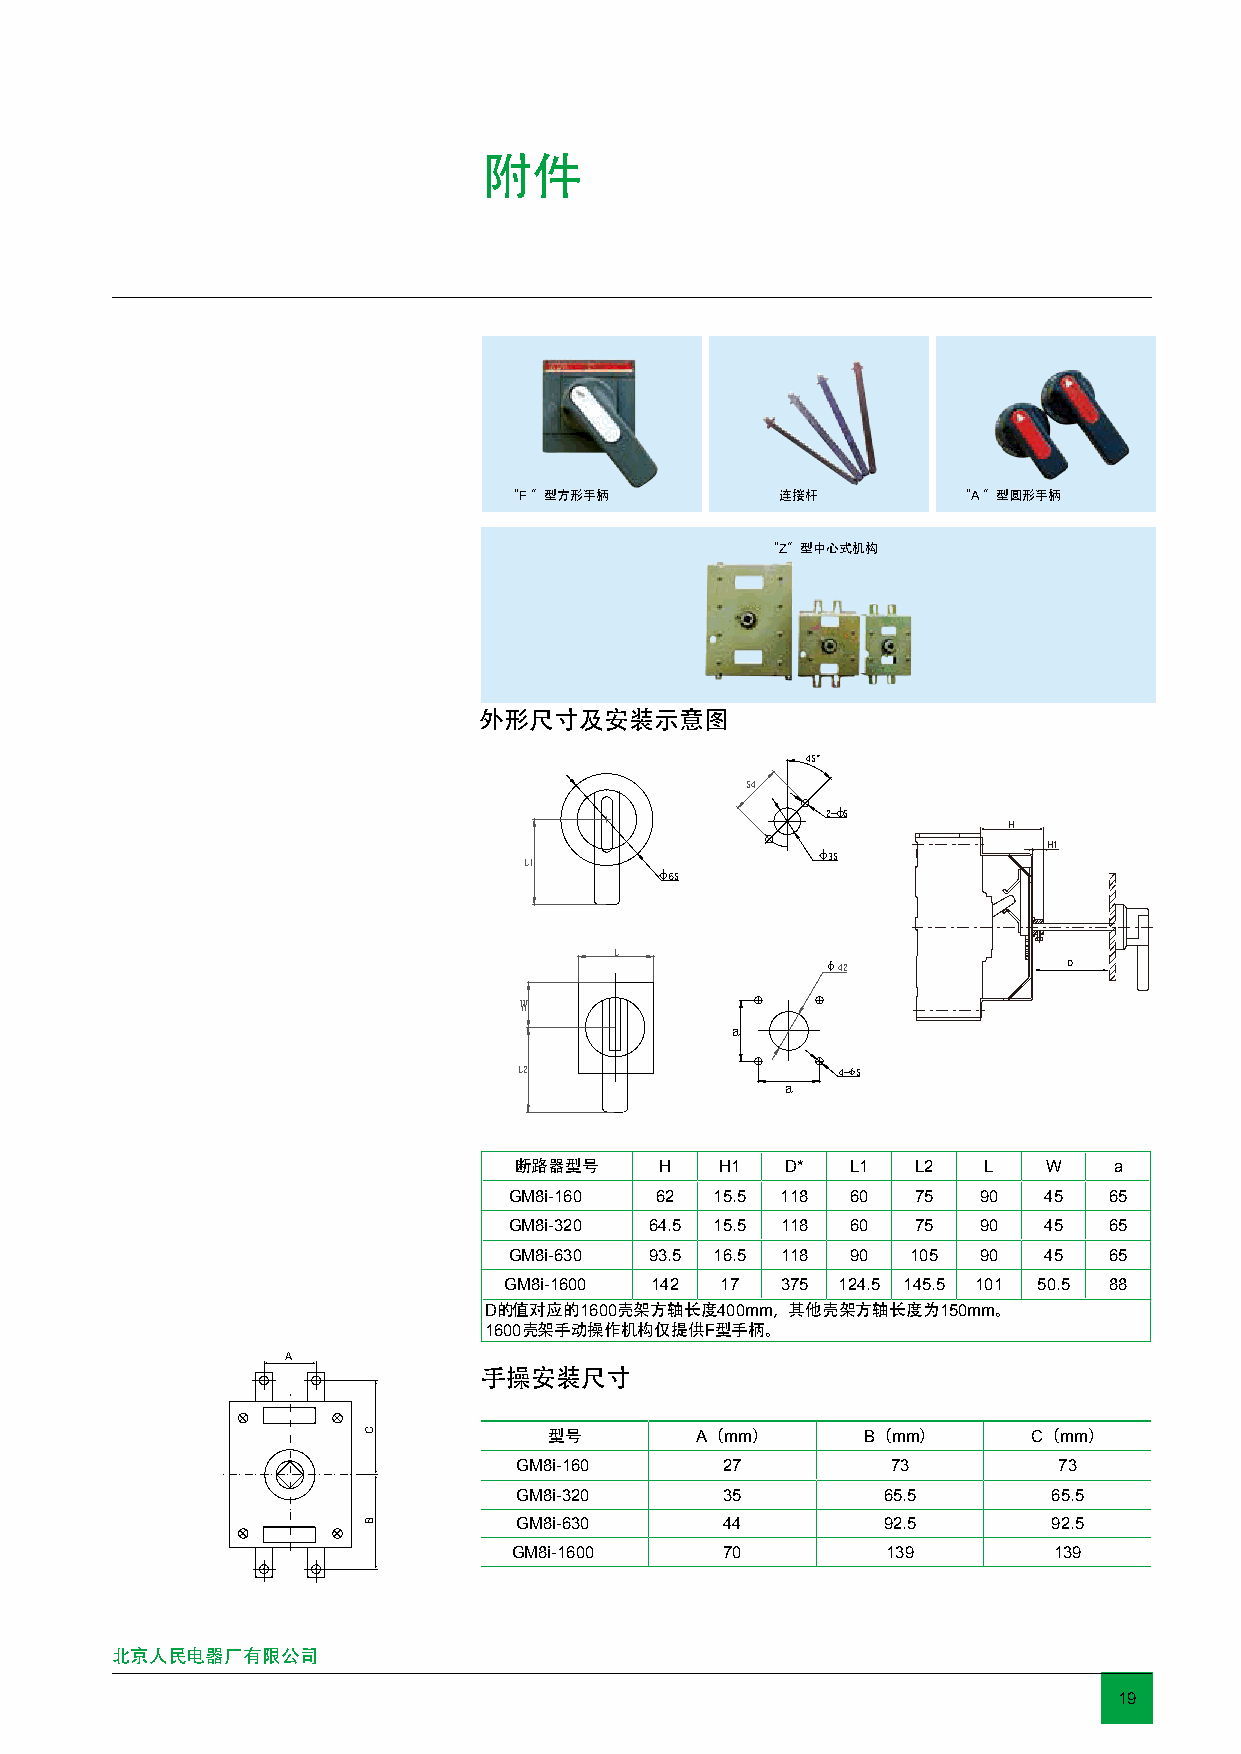
附件
 “F ”型方形手柄          连接杆        “A ”型圆形手柄
 “Z”型中心式机构
 外形尺寸及安装示意图
 45°
 54
 2φ- 5
 H
 H1
 L1
 φ35
 φ65
 L
 φ42              D
 W
 a
 L2                    4-φ5
 a
 断路器型号     H   H1  D*  L1   L2  L   W    a
 GM8i-160 62  15.5 118 60   75  90  45  65
 GM8i-320 64.5 15.5 118 60  75  90  45  65
 GM8i-630 93.5 16.5 118 90 105  90  45  65
 GM8i-1600 142  17  375 124.5 145.5 101 50.5 88
 D的值对应的1600壳架方轴长度400mm，其他壳架方轴长度为150mm。
 1600壳架手动操作机构仅提供F型手柄。
 A
 手操安装尺寸
 型号        A（mm）      B（mm）      C（mm）
 GM8i-160      27         73         73
 GM8i-320      35        65.5        65.5
 GM8i-630      44        92.5        92.5
 GM8i-1600     70         139        139
 北京人民电器厂有限公司
 19
 C
 B